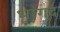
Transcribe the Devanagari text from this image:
भांगद